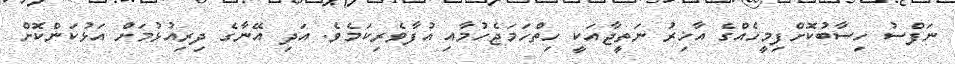
ނަފްސު ހިސާބުކޮށްފިމީހެއްގެ އާޚިރު ނަތީޖާއަކީ ހިތްހަމަޖެހުމާއި އުފާވެރިކަމެވެ. އަދި އޭނާގެ ދިރިއުޅުމަށް އަޅުކަންކޮށް